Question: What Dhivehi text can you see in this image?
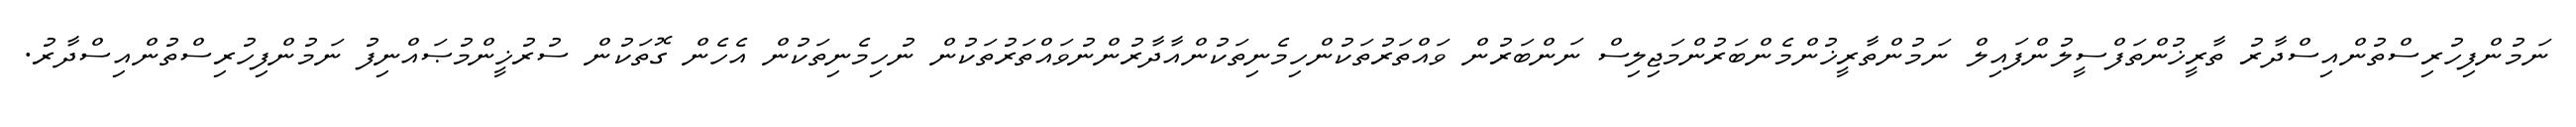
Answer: ނަމުންފިހުރިސްތުންއިސްދާރު ތާރީޚުންތަފްސީލުންފައިލް ނަމުންތާރީޚުންމެންބަރުންމަޖިލިސް ނަންބަރުން ވައްތަރުތަކުންހިމެނިތަކުންއާދާރުންނުވައްތަރުތަކުން ނުހިމެނިތަކުން އެހެން ގޮތަކުން ސުރުޚީންމުޞައްނިފު ނަމުންފިހުރިސްތުންއިސްދާރު.